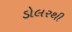
ડોલરથી